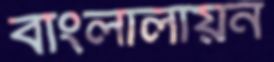
বাংলালায়ন